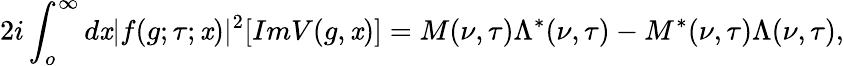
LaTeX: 2i\int_{o}^{\infty}d\mathit{x}|f(g;\tau;\mathit{x})|^{2}[ImV(g,\mathit{x})]=M(\nu,\tau)\Lambda^{*}(\nu,\tau)-M^{*}(\nu,\tau)\Lambda(\nu,\tau),